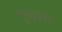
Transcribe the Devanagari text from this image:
फुदकता